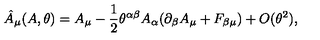
\hat { A } _ { \mu } ( A , \theta ) = A _ { \mu } - \frac { 1 } { 2 } \theta ^ { \alpha \beta } A _ { \alpha } ( \partial _ { \beta } A _ { \mu } + F _ { \beta \mu } ) + O ( \theta ^ { 2 } ) ,